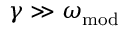
\gamma \gg \omega _ { \mathrm { m o d } }